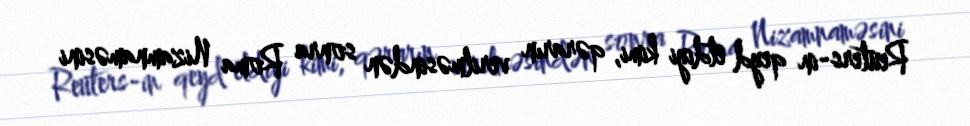
Reuters-in qeyd etdiyi kimi, qərarın verilməsindən sonra Roma Nizamnaməsini